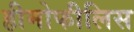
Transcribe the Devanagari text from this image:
हीमोफीलिस